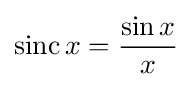
\mathrm {sinc} \,x={\frac {\sin x}{x}}